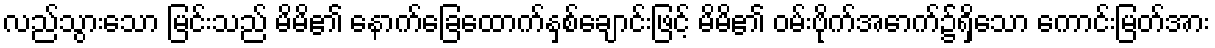
လည်သွားသော မြင်းသည် မိမိ၏ နောက်ခြေထောက်နှစ်ချောင်းဖြင့် မိမိ၏ ဝမ်းဗိုက်အောက်၌ရှိသော ကောင်းမြတ်အား